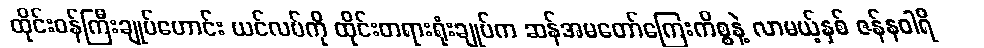
ထိုင်းဝန်ကြီးချုပ်ဟောင်း ယင်လပ်ကို ထိုင်းတရားရုံးချုပ်က ဆန်အမတော်ကြေးကိစ္စနဲ့ လာမယ့်နှစ် ဇန်နဝါရီ